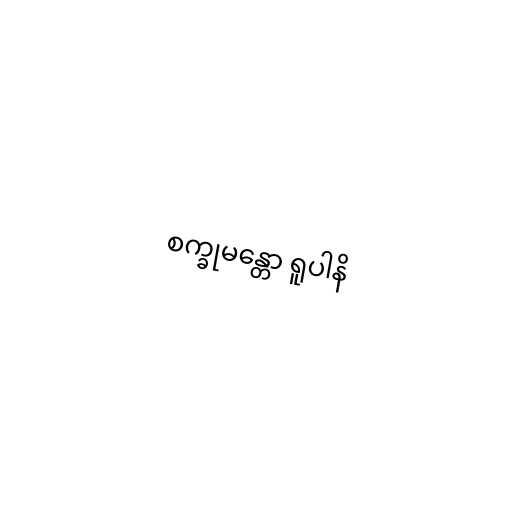
စက္ခုမန္တော ရူပါနိ